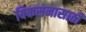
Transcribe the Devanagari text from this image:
विकसनासाठी